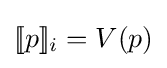
[\![p]\!]_{i}=V(p)